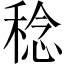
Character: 稔